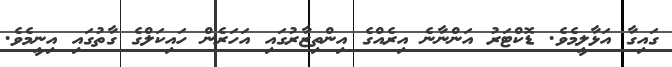
ގައިގާ އަޅާލީމެވެ. ޑޮކްޓަރު އަންނާނެ އިރެއްގެ އިންތިޒާރުގައި އަހަރެން ހައިކަލްގެ ގާތުގައި އިނީމެވެ.